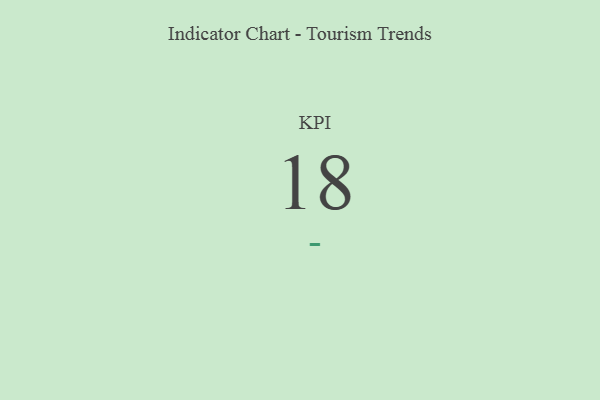
{"axis": {"x": "KPI", "y": "Value"}, "legend": [""], "data": [{"x": "KPI", "y": 18, "type": ""}]}